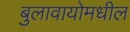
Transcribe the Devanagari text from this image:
बुलावायोमधील